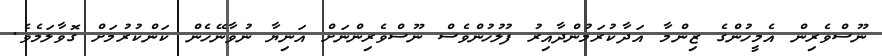
ނޫސްވެރިން އެމީހުންގެ ޒިންމާ އަދާކުރަމުންދާއިރު ފުލުހުންވެސް ނޫސްވެރިންނަށް އަނިޔާ ނުވާނޭހެން ކަންކުރުމަށް ގޮވާލަމެވެ.